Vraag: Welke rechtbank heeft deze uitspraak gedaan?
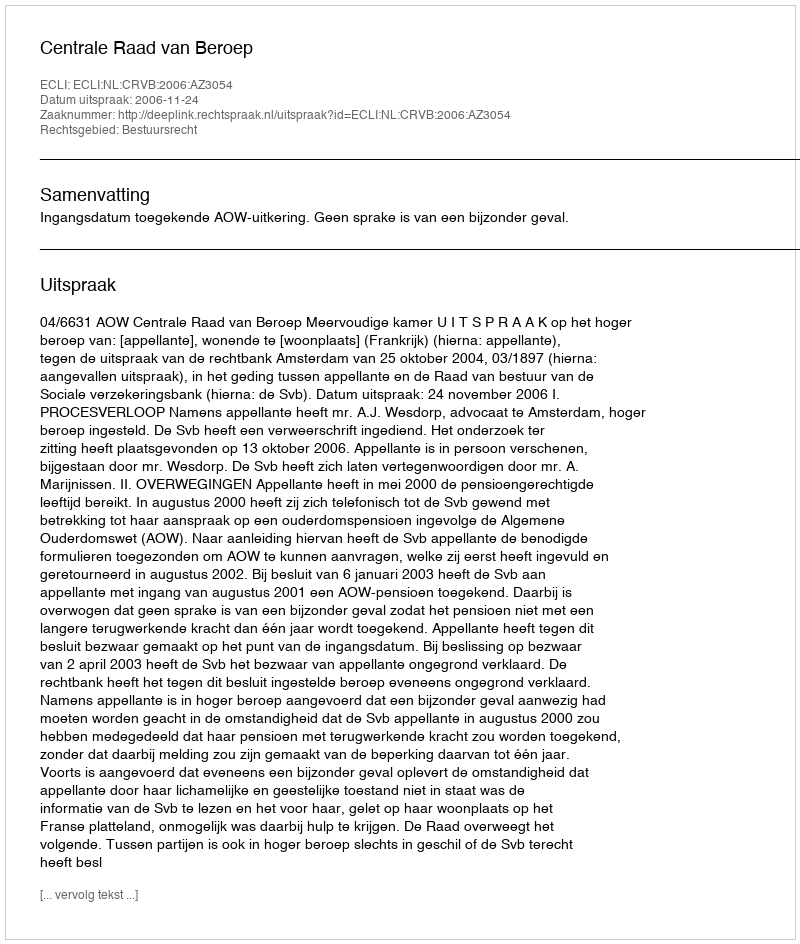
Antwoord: Centrale Raad van Beroep